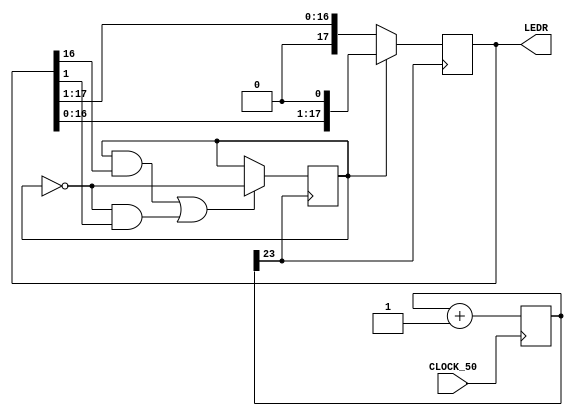
module shifter (input CLOCK_50,output reg [17:0] LEDR);
reg [23:0] clk_div;
reg left;
initial begin
LEDR <= 18'b1;
clk_div <= 24'b0;
left <= 1'b1;
end
always @(posedge CLOCK_50) begin
// divide 50 MHz clock by 2^24 (16 million)
clk_div <= clk_div+24'b1;
end
always @(posedge clk_div[23]) begin
if (left) LEDR <= LEDR << 1; else LEDR <= LEDR >> 1;
if ((left && LEDR[16]) || (!left && LEDR[1])) left <= !left;
end
endmodule